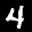
Label: 4